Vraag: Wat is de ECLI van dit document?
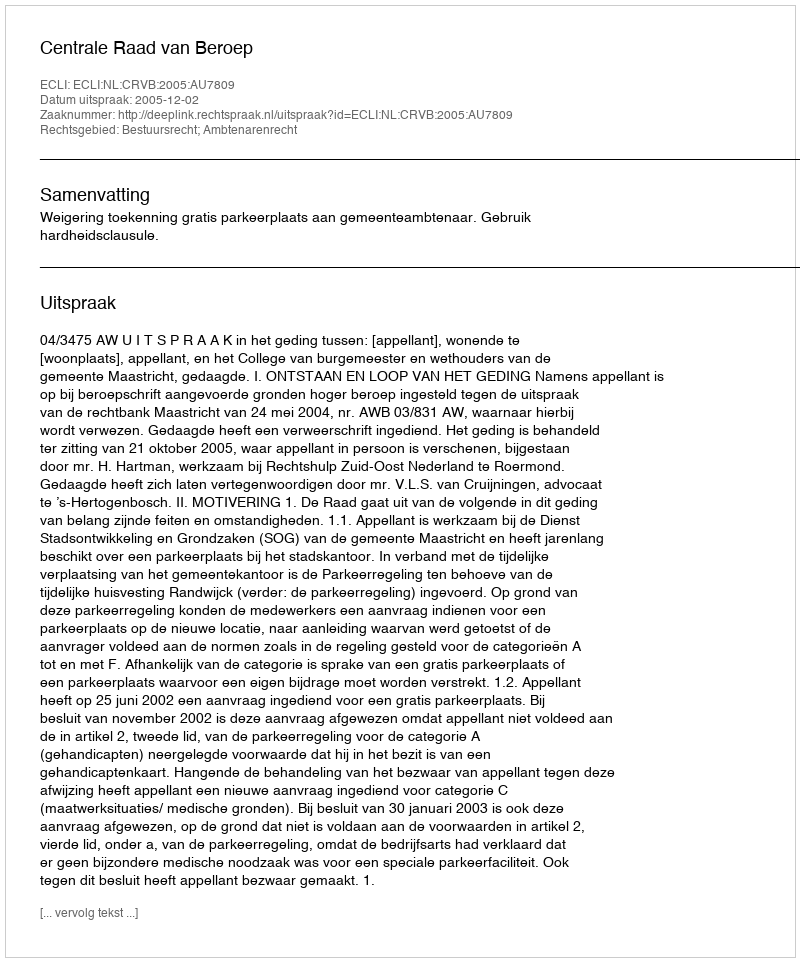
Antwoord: ECLI:NL:CRVB:2005:AU7809